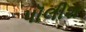
પૉલીશ